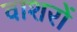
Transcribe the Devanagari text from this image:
वाशरों